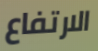
الارتفاع